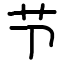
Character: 节